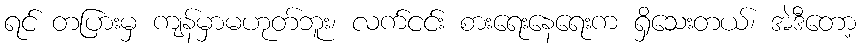
ရင် တပြားမှ ကျန်မှာမဟုတ်ဘူး၊ လက်ငင်း စားရေးနေရေးက ရှိသေးတယ်၊ အဲဒီတော့